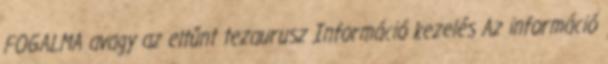
FOGALMA avagy az eltűnt tezaurusz Információ kezelés Az információ